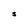
Character: S